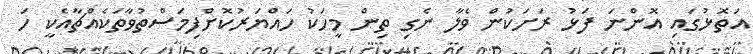
އަތޮޅުގައި އޮންނަ ފަޅު ރަށަކުން ވެލާ ނެގި ތިން މީހަކު ހައްޔަރުކޮށްފިމަސްތުވާތަކެއްޗާއެކީ ހަ